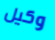
وكيل